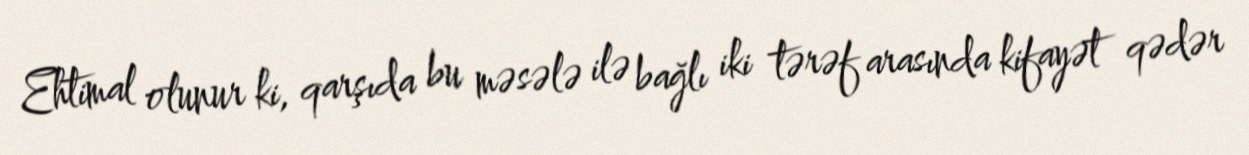
Ehtimal olunur ki, qarşıda bu məsələ ilə bağlı iki tərəf arasında kifayət qədər